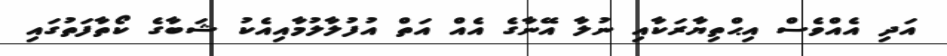
އަދި އެއްވެސް އިޙްތިޔާރަކާއި ނުލާ އޭނާގެ އެއް އަތް އުފުލާލުމާއިއެކު ޝަބާގެ ކޯތާފަތުގައި